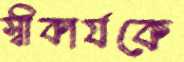
স্বীকার্যকে